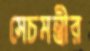
সেচমন্ত্রীর